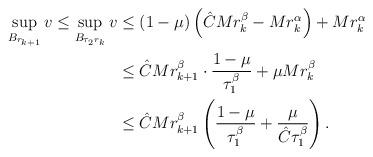
LaTeX: \begin{align*}\begin{aligned}\sup_{B_{r_{k+1}}}v\leq\sup_{B_{\tau_2r_{k}}}v&\leq (1-\mu)\left(\hat{C}M r_{k}^{\beta}-M r_{k}^{\alpha}\right)+M r_{k}^{\alpha}\\&\leq \hat{C}M r_{k+1}^{\beta}\cdot \frac{1-\mu}{\tau_1^{\beta }}+\mu M r_{k}^{\beta}\\&\leq \hat{C}M r_{k+1}^{\beta}\left(\frac{1-\mu}{\tau_1^{\beta }}+\frac{\mu}{\hat{C}\tau_1^{\beta }}\right).\end{aligned}\end{align*}